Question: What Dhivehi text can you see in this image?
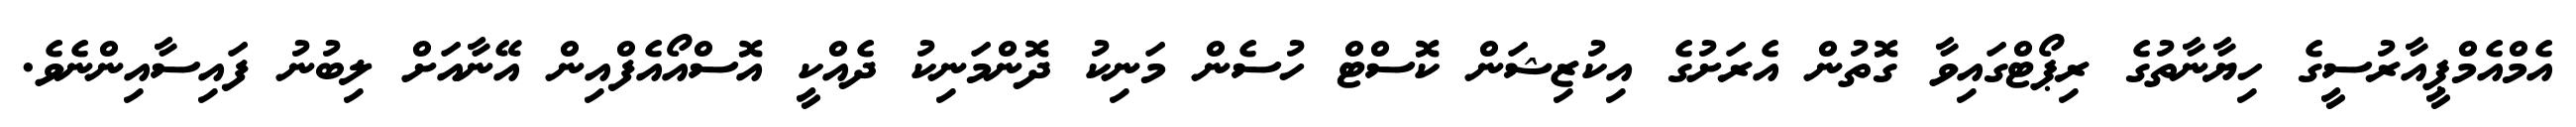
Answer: އެމްއެމްޕީއާރުސީގެ ހިޔާނާތުގެ ރިޕޯޓްގައިވާ ގޮތުން އެރަށުގެ އިކުޒިޝަން ކޮސްޓް ހުސެން މަނިކު ދޮންމަނިކު ދެއްކީ އޮސްއޯއެފްއިން އޭނާއަށް ލިބުނު ފައިސާއިންނެވެ.